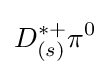
D_{(s)}^{*+}\pi ^{0}